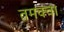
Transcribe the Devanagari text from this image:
तमक्वा